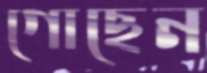
গোছেন